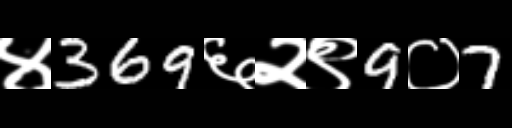
Text: ४369६२९9०7